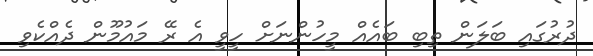
ދުރުގައި ބަލަން ތިބި ބައެއް މީހުންނަށް ހީވީ އެ ރޭ މައުމޫން ދެއްކެވި